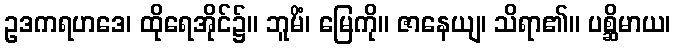
ဥဒကရဟဒေ၊ ထိုရေအိုင်၌။ ဘူမိံ၊ မြေကို။ ဇာနေယျ၊ သိရာ၏။ ပစ္ဆိမာယ၊